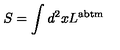
S = \int d ^ { 2 } x L ^ { \mathrm { \footnotesize { a b t m } } }